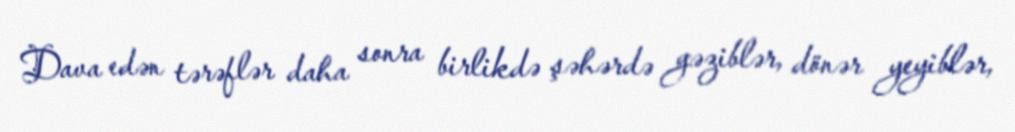
Dava edən tərəflər daha sonra birlikdə şəhərdə gəziblər, dönər yeyiblər,